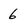
Character: 6